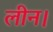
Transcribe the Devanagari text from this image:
लीन।